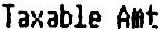
TAXABLE AMT